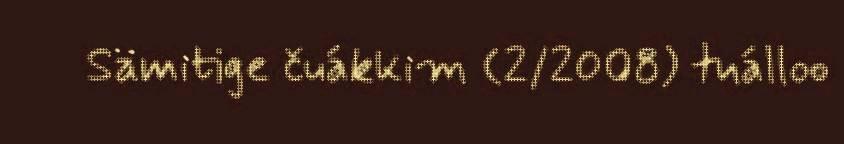
Sämitige čuákkim (2/2008) tuálloo